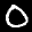
Label: 0